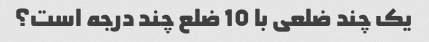
یک چند ضلعی با 10 ضلع چند درجه است؟